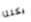
بكلتا